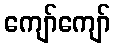
ကျော်ကျော်